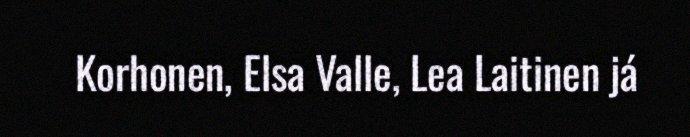
Korhonen, Elsa Valle, Lea Laitinen já